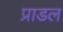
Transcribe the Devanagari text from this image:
प्राडल